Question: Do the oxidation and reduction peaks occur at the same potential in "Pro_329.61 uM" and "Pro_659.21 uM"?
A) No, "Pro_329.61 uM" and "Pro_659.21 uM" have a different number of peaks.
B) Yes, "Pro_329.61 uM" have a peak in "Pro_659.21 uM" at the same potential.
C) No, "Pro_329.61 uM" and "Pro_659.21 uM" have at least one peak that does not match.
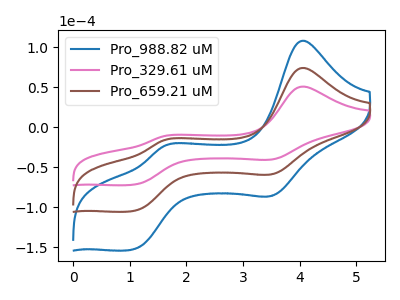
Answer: <think>The blue curve "Pro_988.82 uM" has anodic peaks at (4.05V, 148.65uA) (1.60V, -32.15uA) and cathodic peaks at (3.50V, -116.80uA) (1.05V, -209.80uA). The pink curve "Pro_329.61 uM" has anodic peaks at (4.05V, 50.95uA) (1.60V, -11.00uA) and cathodic peaks at (3.50V, -40.05uA) (1.05V, -71.90uA). The brown curve "Pro_659.21 uM" has anodic peaks at (4.05V, 74.35uA) (1.60V, -16.05uA) and cathodic peaks at (3.50V, -58.40uA) (1.05V, -104.90uA).</think>
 <answer>B) Yes, "Pro_329.61 uM" have a peak in "Pro_659.21 uM" at the same potential.</answer>
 <eval>B</eval>